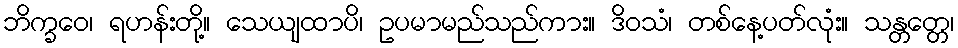
ဘိက္ခဝေ၊ ရဟန်းတို့။ သေယျထာပိ၊ ဥပမာမည်သည်ကား။ ဒိဝသံ၊ တစ်နေ့ပတ်လုံး။ သန္တတ္တေ၊